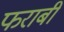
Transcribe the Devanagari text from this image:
फराबी